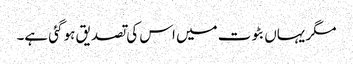
مگر یہاں بٹوت میں اس کی تصدیق ہو گئی ہے۔